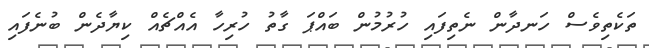
ތަކެތިވެސް ހަނދާން ނެތިފައި ހުރުމުން ބައްޕަ ގާތު ހުރިހާ އެއްޗެއް ކިޔާދެން ބުނެފައި